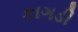
કાગડી